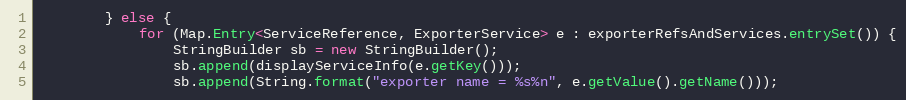
Language: Java
        } else {
            for (Map.Entry<ServiceReference, ExporterService> e : exporterRefsAndServices.entrySet()) {
                StringBuilder sb = new StringBuilder();
                sb.append(displayServiceInfo(e.getKey()));
                sb.append(String.format("exporter name = %s%n", e.getValue().getName()));